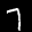
Label: 7